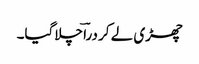
چھڑی لے کر دراؔ چلاگیا۔